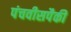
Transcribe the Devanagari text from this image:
पंचवीसपैकी